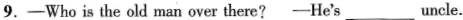
9.—— Who is the old man over there? —— He's ___ uncle.